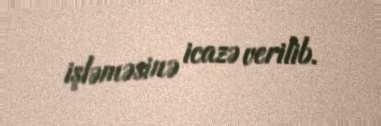
işləməsinə icazə verilib.